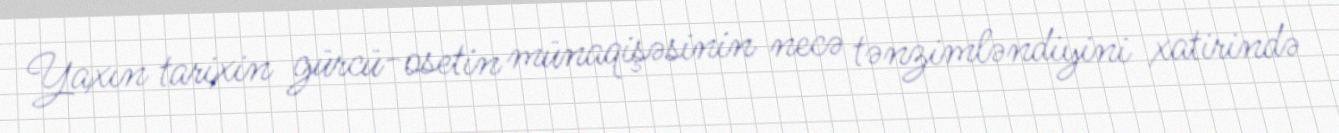
Yaxın tarixin gürcü-osetin münaqişəsinin necə tənzimləndiyini xatirində